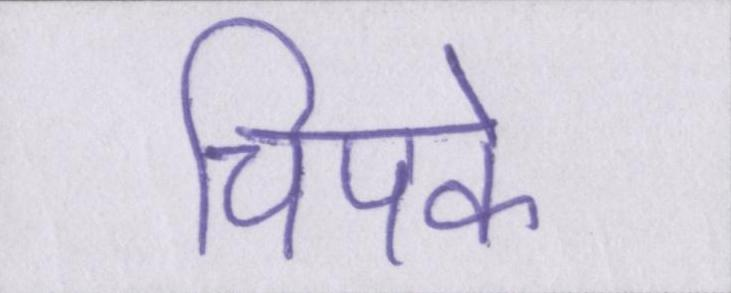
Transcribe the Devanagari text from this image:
चिपके